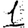
Digit: 1